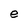
Character: e